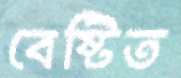
বেষ্টিত